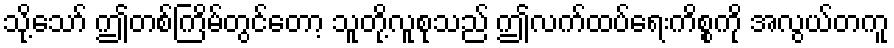
သို့သော် ဤတစ်ကြိမ်တွင်တော့ သူတို့လူစုသည် ဤလက်ထပ်ရေးကိစ္စကို အလွယ်တကူ